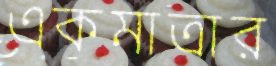
একমাত্রার